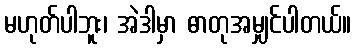
မဟုတ်ပါဘူး၊ အဲဒါမှာ ဓာတုအမျှင်ပါတယ်။